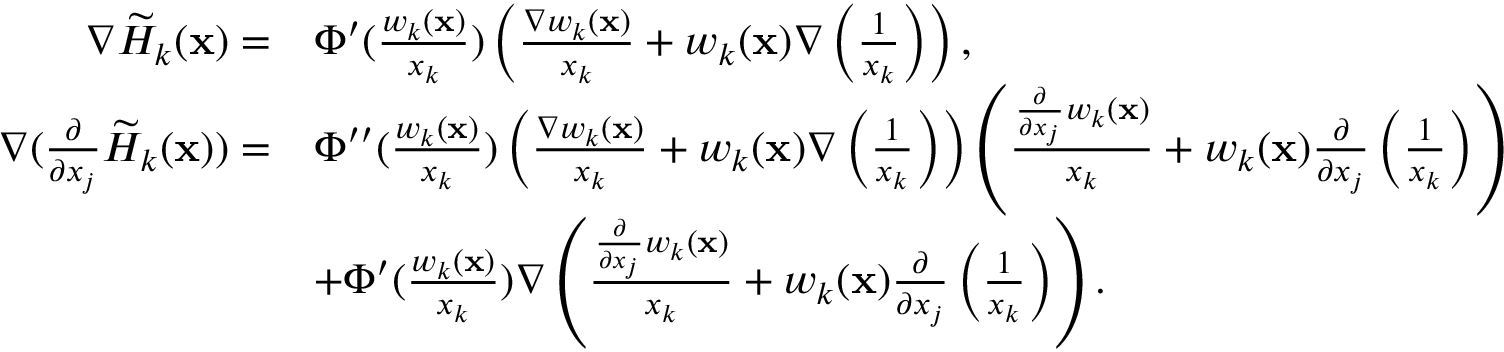
\begin{array} { r l } { \nabla \widetilde H _ { k } ( \mathbf x ) = } & { \Phi ^ { \prime } ( \frac { w _ { k } ( \mathbf x ) } { x _ { k } } ) \left( \frac { \nabla w _ { k } ( \mathbf x ) } { x _ { k } } + w _ { k } ( \mathbf x ) \nabla \left( \frac { 1 } { x _ { k } } \right) \right) , } \\ { \nabla ( \frac { \partial } { \partial x _ { j } } \widetilde H _ { k } ( \mathbf x ) ) = } & { \Phi ^ { \prime \prime } ( \frac { w _ { k } ( \mathbf x ) } { x _ { k } } ) \left( \frac { \nabla w _ { k } ( \mathbf x ) } { x _ { k } } + w _ { k } ( \mathbf x ) \nabla \left( \frac { 1 } { x _ { k } } \right) \right) \left( \frac { \frac { \partial } { \partial x _ { j } } w _ { k } ( \mathbf x ) } { x _ { k } } + w _ { k } ( \mathbf x ) \frac { \partial } { \partial x _ { j } } \left( \frac { 1 } { x _ { k } } \right) \right) } \\ & { + \Phi ^ { \prime } ( \frac { w _ { k } ( \mathbf x ) } { x _ { k } } ) \nabla \left( \frac { \frac { \partial } { \partial x _ { j } } w _ { k } ( \mathbf x ) } { x _ { k } } + w _ { k } ( \mathbf x ) \frac { \partial } { \partial x _ { j } } \left( \frac { 1 } { x _ { k } } \right) \right) . } \end{array}